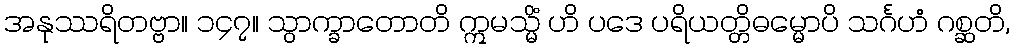
အနုဿရိတဗ္ဗာ။ ၁၄၇။ သွာက္ခာတောတိ ဣမသ္မိံ ဟိ ပဒေ ပရိယတ္တိဓမ္မောပိ သင်္ဂဟံ ဂစ္ဆတိ,